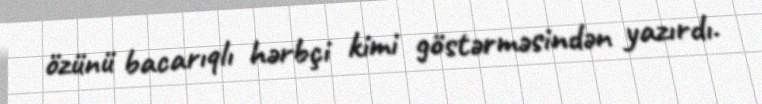
özünü bacarıqlı hərbçi kimi göstərməsindən yazırdı.